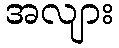
အလျား